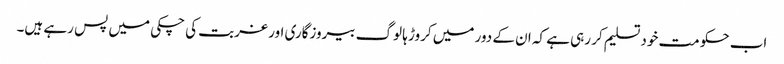
اب حکومت خود تسلیم کر رہی ہے کہ ان کے دور میں کروڑ ہا لوگ بیروزگاری اور غربت کی چکی میں پس رہے ہیں۔